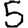
Digit: 5